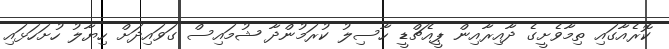
ކޮރެއާގައި ތިމާވެށީގެ ދާއިރާއިން ޕީއެޗްޑީ ހާސިލު ކުރަމުންދާ ޝުމައިސް ގަވައިދަށް ހިޔާލު ހުށަހަޅައި